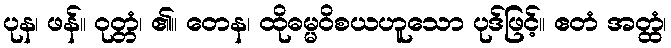
ပုန၊ ဖန်။ ဝုတ္တံ၊ ၏။ တေန၊ ထိုဓမ္မဝိစယဟူသော ပုဒ်ဖြင့်။ ဧတံ အတ္ထံ၊